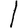
Digit: 1